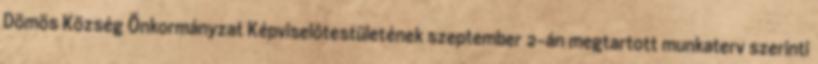
Dömös Község Önkormányzat Képviselőtestületének szeptember 2-án megtartott munkaterv szerinti